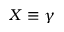
X \equiv \gamma